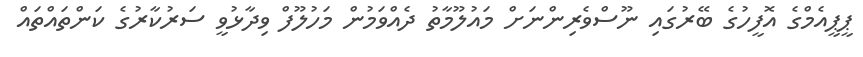
ޕީޕީއެމްގެ އޮފީހުގެ ބޭރުގައި ނޫސްވެރިންނަށް މައުލޫމާތު ދެއްވަމުން މަހުލޫފް ވިދާޅުވީ ސަރުކާރުގެ ކަންތައްތައް